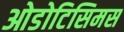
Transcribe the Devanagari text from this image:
ओडोटिसिमस